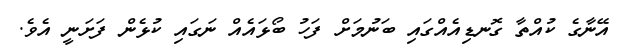
އޭނާގެ ކުއްތާ ގޮނޑިއެއްގައި ބަނުމަށް ފަހު ބޯޅައެއް ނަގައި ކުޅެން ފަށަނީ އެވެ.